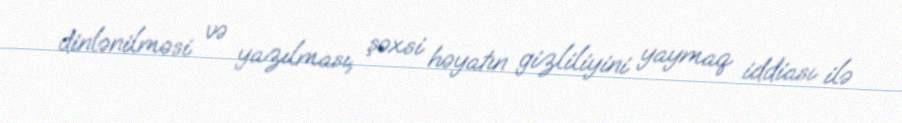
dinlənilməsi və yazılması, şəxsi həyatın gizliliyini yaymaq iddiası ilə